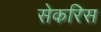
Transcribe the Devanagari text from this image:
सेकरिस